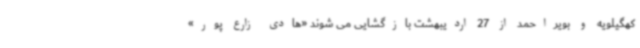
کهگیلویه و بویراحمد از 27 اردیبهشت بازگشایی می شوند «هادی زارع پور»